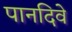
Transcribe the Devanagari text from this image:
पानदिवे